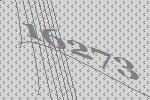
16273